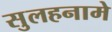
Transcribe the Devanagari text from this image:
सुलहनामे